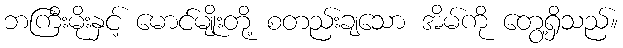
ဘကြီးမိုးနှင့် မောင်မျိုးတို့ စတည်းချသော အိမ်ကို တွေ့ရှိသည်။